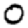
Digit: 0